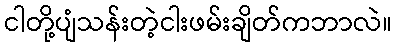
ငါတို့ပျံသန်းတဲ့ငါးဖမ်းချိတ်ကဘာလဲ။